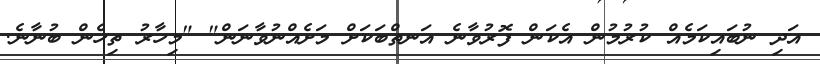
އަދި ނުބައިކަމެއް ކުރުމުން އެކަން ފޮރުވާނެ އަނތްބަކަށް މަށެއްނުވާނަން" "މިހާރު ތިހެން ބުނާނެ.